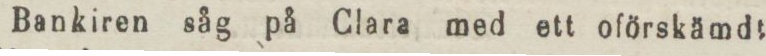
Bankiren såg på Clara med ett oförskämdt